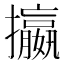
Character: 攍